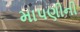
માપણીની